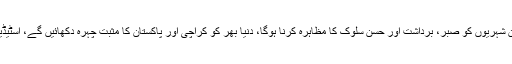
انھوں نے اہل کراچی کو مشورہ دیا کہ فائنل والے دن شہریوں کو صبر، برداشت اور حسن سلوک کا مظاہرہ کرنا ہوگا، دنیا بھر کو کراچی اور پاکستان کا مثبت چہرہ دکھائیں گے، اسٹیڈیم کی رونقیں بحال ہونگی، سپورٹ اور تعاون کریں۔